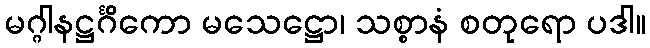
မဂ္ဂါနဋ္ဌင်္ဂိကော မသေဋ္ဌော၊ သစ္စာနံ စတုရော ပဒါ။